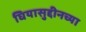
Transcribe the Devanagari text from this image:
घियासुद्दीनच्या